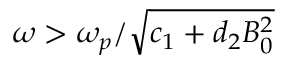
\omega > \omega _ { p } / \sqrt { c _ { 1 } + d _ { 2 } B _ { 0 } ^ { 2 } }